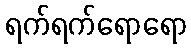
ရက်ရက်ရောရော